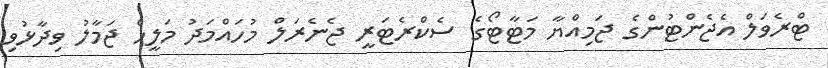
ޓްރެވަލް އެޖެންޓުންގެ ޖަމިއްޔާ މަޓާޓޯގެ ސެކްރެޓަރީ ޖެނެރަލް މުހައްމަދު މަލީހް ޖަމާލު ވިދާޅުވި